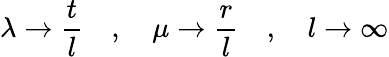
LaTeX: \lambda\to\frac{t}{l}\quad,\quad\mu\to\frac{r}{l}\quad,\quad l\to\infty